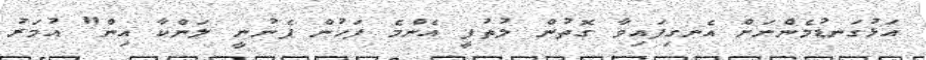
އަޅުގަނޑުމެންނަށް އެނގިފައިވާ ގޮތުން ލުތުފީ އެންމެ ފަހުން ފެނުނީ ލަންކާ އިން" އުމަރު